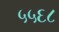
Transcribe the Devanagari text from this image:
५५६८